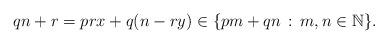
LaTeX: \begin{align*}qn+r=prx+q(n-ry)\in\{pm+qn\,:\,m,n\in\mathbb N\}.\end{align*}